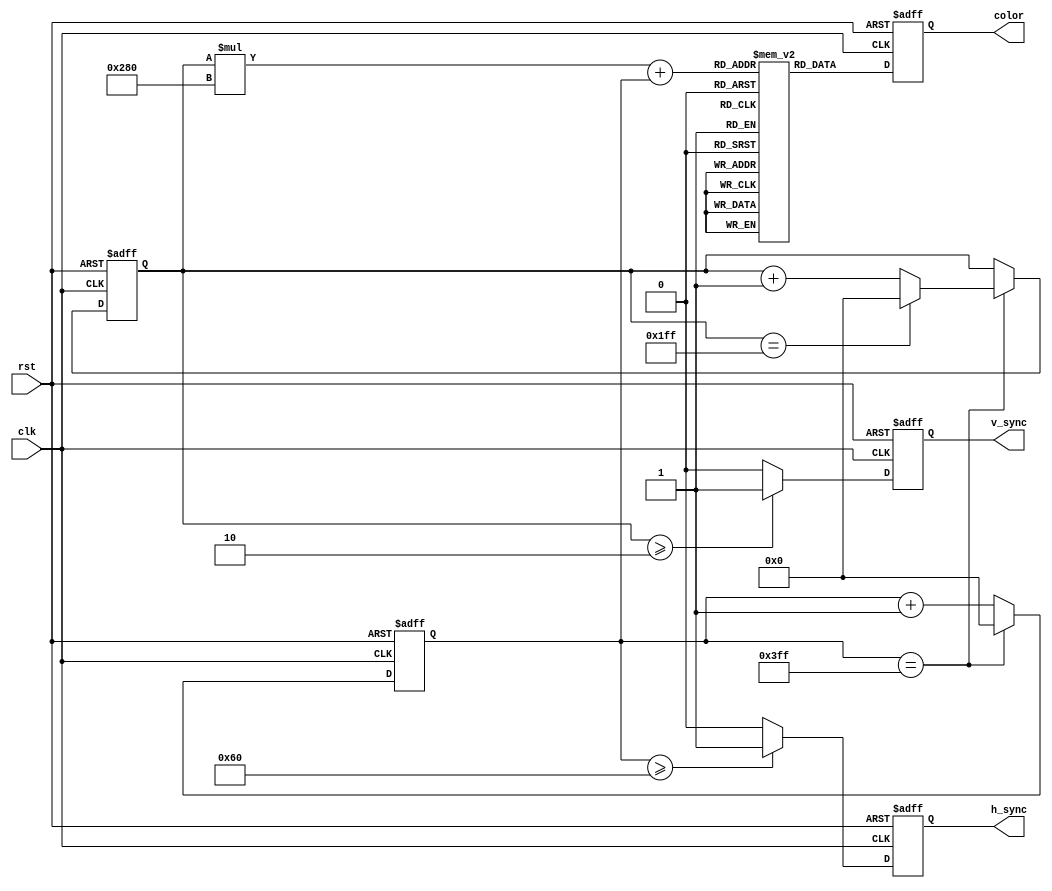
module vga_controller (
    input wire clk,
    input wire rst,
    output reg h_sync,
    output reg v_sync,
    output reg [7:0] color
);

// Parameters for VGA timing specifications
parameter H_SYNC_CYCLES = 96;
parameter H_FRONT_PORCH = 16;
parameter H_BACK_PORCH = 48;
parameter V_SYNC_LINES = 2;
parameter V_FRONT_PORCH = 10;
parameter V_BACK_PORCH = 33;

// Internal variables for tracking position on screen
reg [9:0] h_count;
reg [9:0] v_count;

// State machine states
parameter IDLE = 2'b00;
parameter ACTIVE = 2'b01;
parameter FRONT_PORCH = 2'b10;
parameter BACK_PORCH = 2'b11;
reg [1:0] state;

// Color memory block
reg [7:0] color_memory [639:0]; // assuming 640x480 resolution

// Horizontal synchronization generation
always @ (posedge clk or posedge rst)
begin
    if (rst)
        h_sync <= 1'b0;
    else if (h_count >= H_SYNC_CYCLES)
        h_sync <= 1'b1;
    else
        h_sync <= 1'b0;
end

// Vertical synchronization generation
always @ (posedge clk or posedge rst)
begin
    if (rst)
        v_sync <= 1'b0;
    else if (v_count >= V_SYNC_LINES)
        v_sync <= 1'b1;
    else
        v_sync <= 1'b0;
end

// Color generation based on current position
always @ (posedge clk or posedge rst)
begin
    if (rst)
        color <= 8'b0;
    else
        color <= color_memory[(v_count * 640) + h_count];
end

// State machine for controlling VGA timing
always @ (posedge clk or posedge rst)
begin
    if (rst)
        state <= IDLE;
    else
    begin
        case (state)
            IDLE: begin
                if (h_count < H_FRONT_PORCH)
                    state <= FRONT_PORCH;
                else
                    state <= ACTIVE;
            end
            ACTIVE: begin
                if (h_count >= H_FRONT_PORCH + 640 + H_BACK_PORCH)
                    state <= BACK_PORCH;
            end
            FRONT_PORCH: begin
                if (h_count >= H_SYNC_CYCLES)
                    state <= ACTIVE;
            end
            BACK_PORCH: begin
                if (h_count >= H_SYNC_CYCLES)
                    state <= IDLE;
            end
        endcase
    end
end

// Increment counters and reset on overflow
always @ (posedge clk or posedge rst)
begin
    if (rst)
    begin
        h_count <= 10'b0;
        v_count <= 10'b0;
    end
    else
    begin
        if (h_count == 1023) // assuming 1024 pixel resolution
        begin
            h_count <= 10'b0;
            if (v_count == 511) // assuming 512 lines
                v_count <= 10'b0;
            else
                v_count <= v_count + 1;
        end
        else
            h_count <= h_count + 1;
    end
end

endmodule